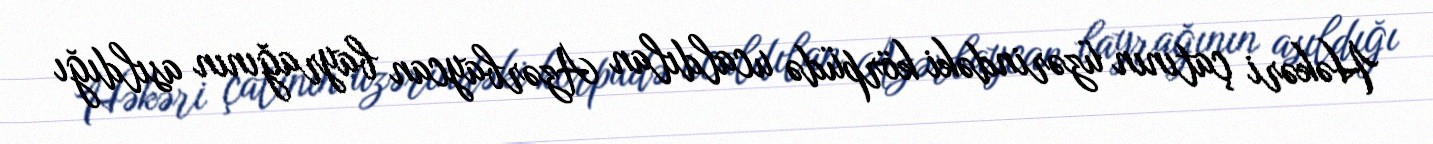
Həkəri çatının üzərindəki körpüdə ucaldılan Azərbaycan bayrağının asıldığı